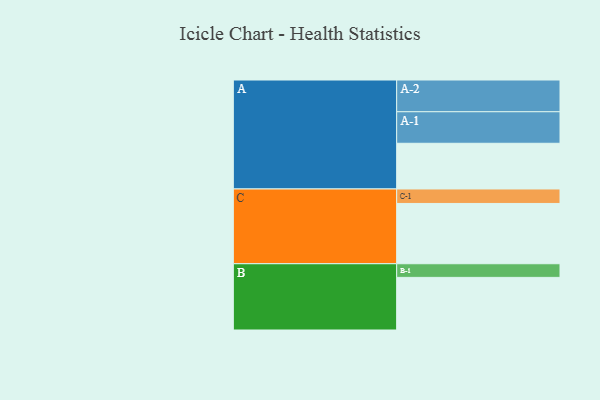
{"axis": {"x": "Segment", "y": "Value"}, "legend": ["", "A", "B", "C"], "data": [{"x": "A", "y": 429, "type": ""}, {"x": "B", "y": 494, "type": ""}, {"x": "C", "y": 566, "type": ""}, {"x": "A-1", "y": 296, "type": "A"}, {"x": "A-2", "y": 298, "type": "A"}, {"x": "B-1", "y": 128, "type": "B"}, {"x": "C-1", "y": 136, "type": "C"}]}